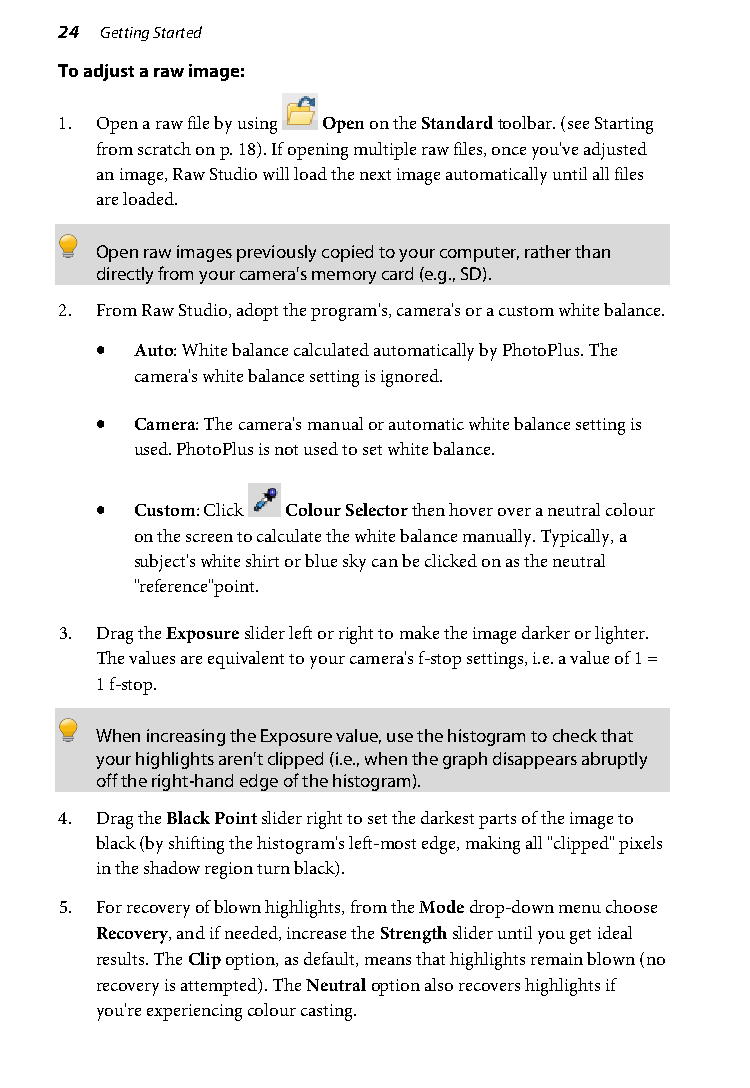
24 Getting Started
 To adjust a raw image:
 1. Open a raw file by using Open on the Standard toolbar. (see Starting
 from scratch on p. 18). If opening multiple raw files, once you've adjusted
 an image, Raw Studio will load the next image automatically until all files
 are loaded.
 Open raw images previously copied to your computer, rather than
 directly from your camera's memory card (e.g., SD).
 2. From Raw Studio, adopt the program's, camera's or a custom white balance.
 •  Auto: White balance calculated automatically by PhotoPlus. The
 camera's white balance setting is ignored.
 •  Camera: The camera's manual or automatic white balance setting is
 used. PhotoPlus is not used to set white balance.
 •  Custom: Click Colour Selector then hover over a neutral colour
 on the screen to calculate the white balance manually. Typically, a
 subject's white shirt or blue sky can be clicked on as the neutral
 "reference"point.
 3. Drag the Exposure slider left or right to make the image darker or lighter.
 The values are equivalent to your camera's f-stop settings, i.e. a value of 1 =
 1 f-stop.
 When increasing the Exposure value, use the histogram to check that
 your highlights aren't clipped (i.e., when the graph disappears abruptly
 off the right-hand edge of the histogram).
 4. Drag the Black Point slider right to set the darkest parts of the image to
 black (by shifting the histogram's left-most edge, making all "clipped" pixels
 in the shadow region turn black).
 5. For recovery of blown highlights, from the Mode drop-down menu choose
 Recovery, and if needed, increase the Strength slider until you get ideal
 results. The Clip option, as default, means that highlights remain blown (no
 recovery is attempted). The Neutral option also recovers highlights if
 you're experiencing colour casting.